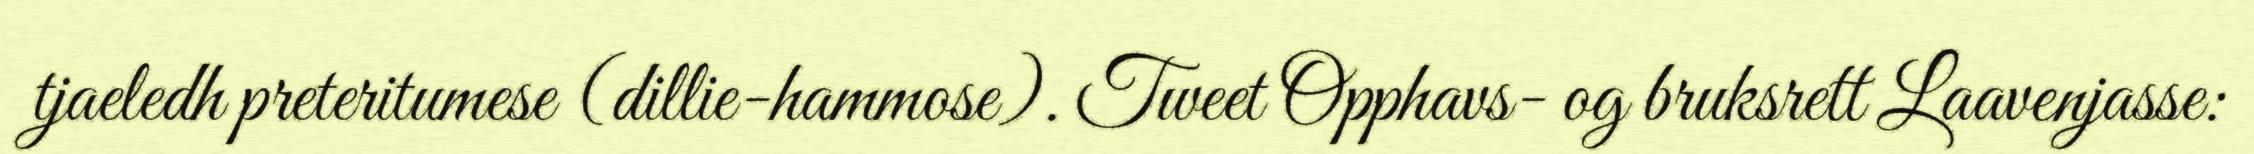
tjaeledh preteritumese (dillie-hammose). Tweet Opphavs- og bruksrett Laavenjasse: